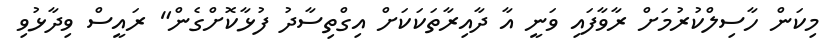
މިކަން ހާސިލްކުރުމަަށް ރާވާފައި ވަނީ އާ ދާއިރާތަކަކަށް އިގްތިސާދު ފުޅާކޮށްގެން" ރައީސް ވިދާޅުވި